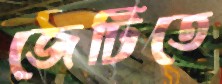
জেটিতে